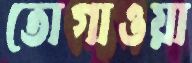
তোগাওয়া